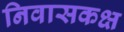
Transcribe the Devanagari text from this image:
निवासकक्ष